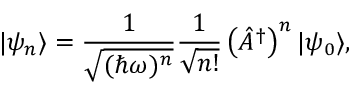
| \psi _ { n } \rangle = \frac { 1 } { \sqrt { ( \hbar \omega ) ^ { n } } } \frac { 1 } { \sqrt { n ! } } \left( \hat { A } ^ { \dagger } \right) ^ { n } | \psi _ { 0 } \rangle ,